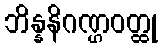
ဘိန္နနိဂဏ္ဌဝတ္ထု